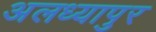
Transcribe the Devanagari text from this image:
अलध्यापुर